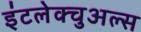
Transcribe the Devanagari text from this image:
इंटलेक्चुअल्स